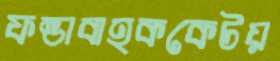
ফন্ডাবাহককেটয়